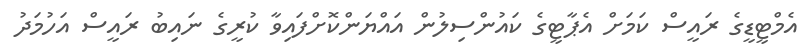
އެމްޓީޑީގެ ރައީސް ކަމަށް އެޕާޓީގެ ކައުންސިލުން އައްޔަންކޮށްފައިވާ ކުރީގެ ނައިބު ރައީސް އަހުމަދު